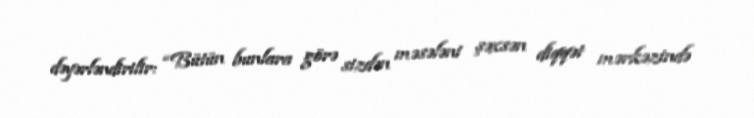
dəyərləndirilir: “Bütün bunlara görə sizdən məsələni şəxsən diqqət mərkəzində